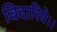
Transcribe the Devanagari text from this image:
बिदारिये।।